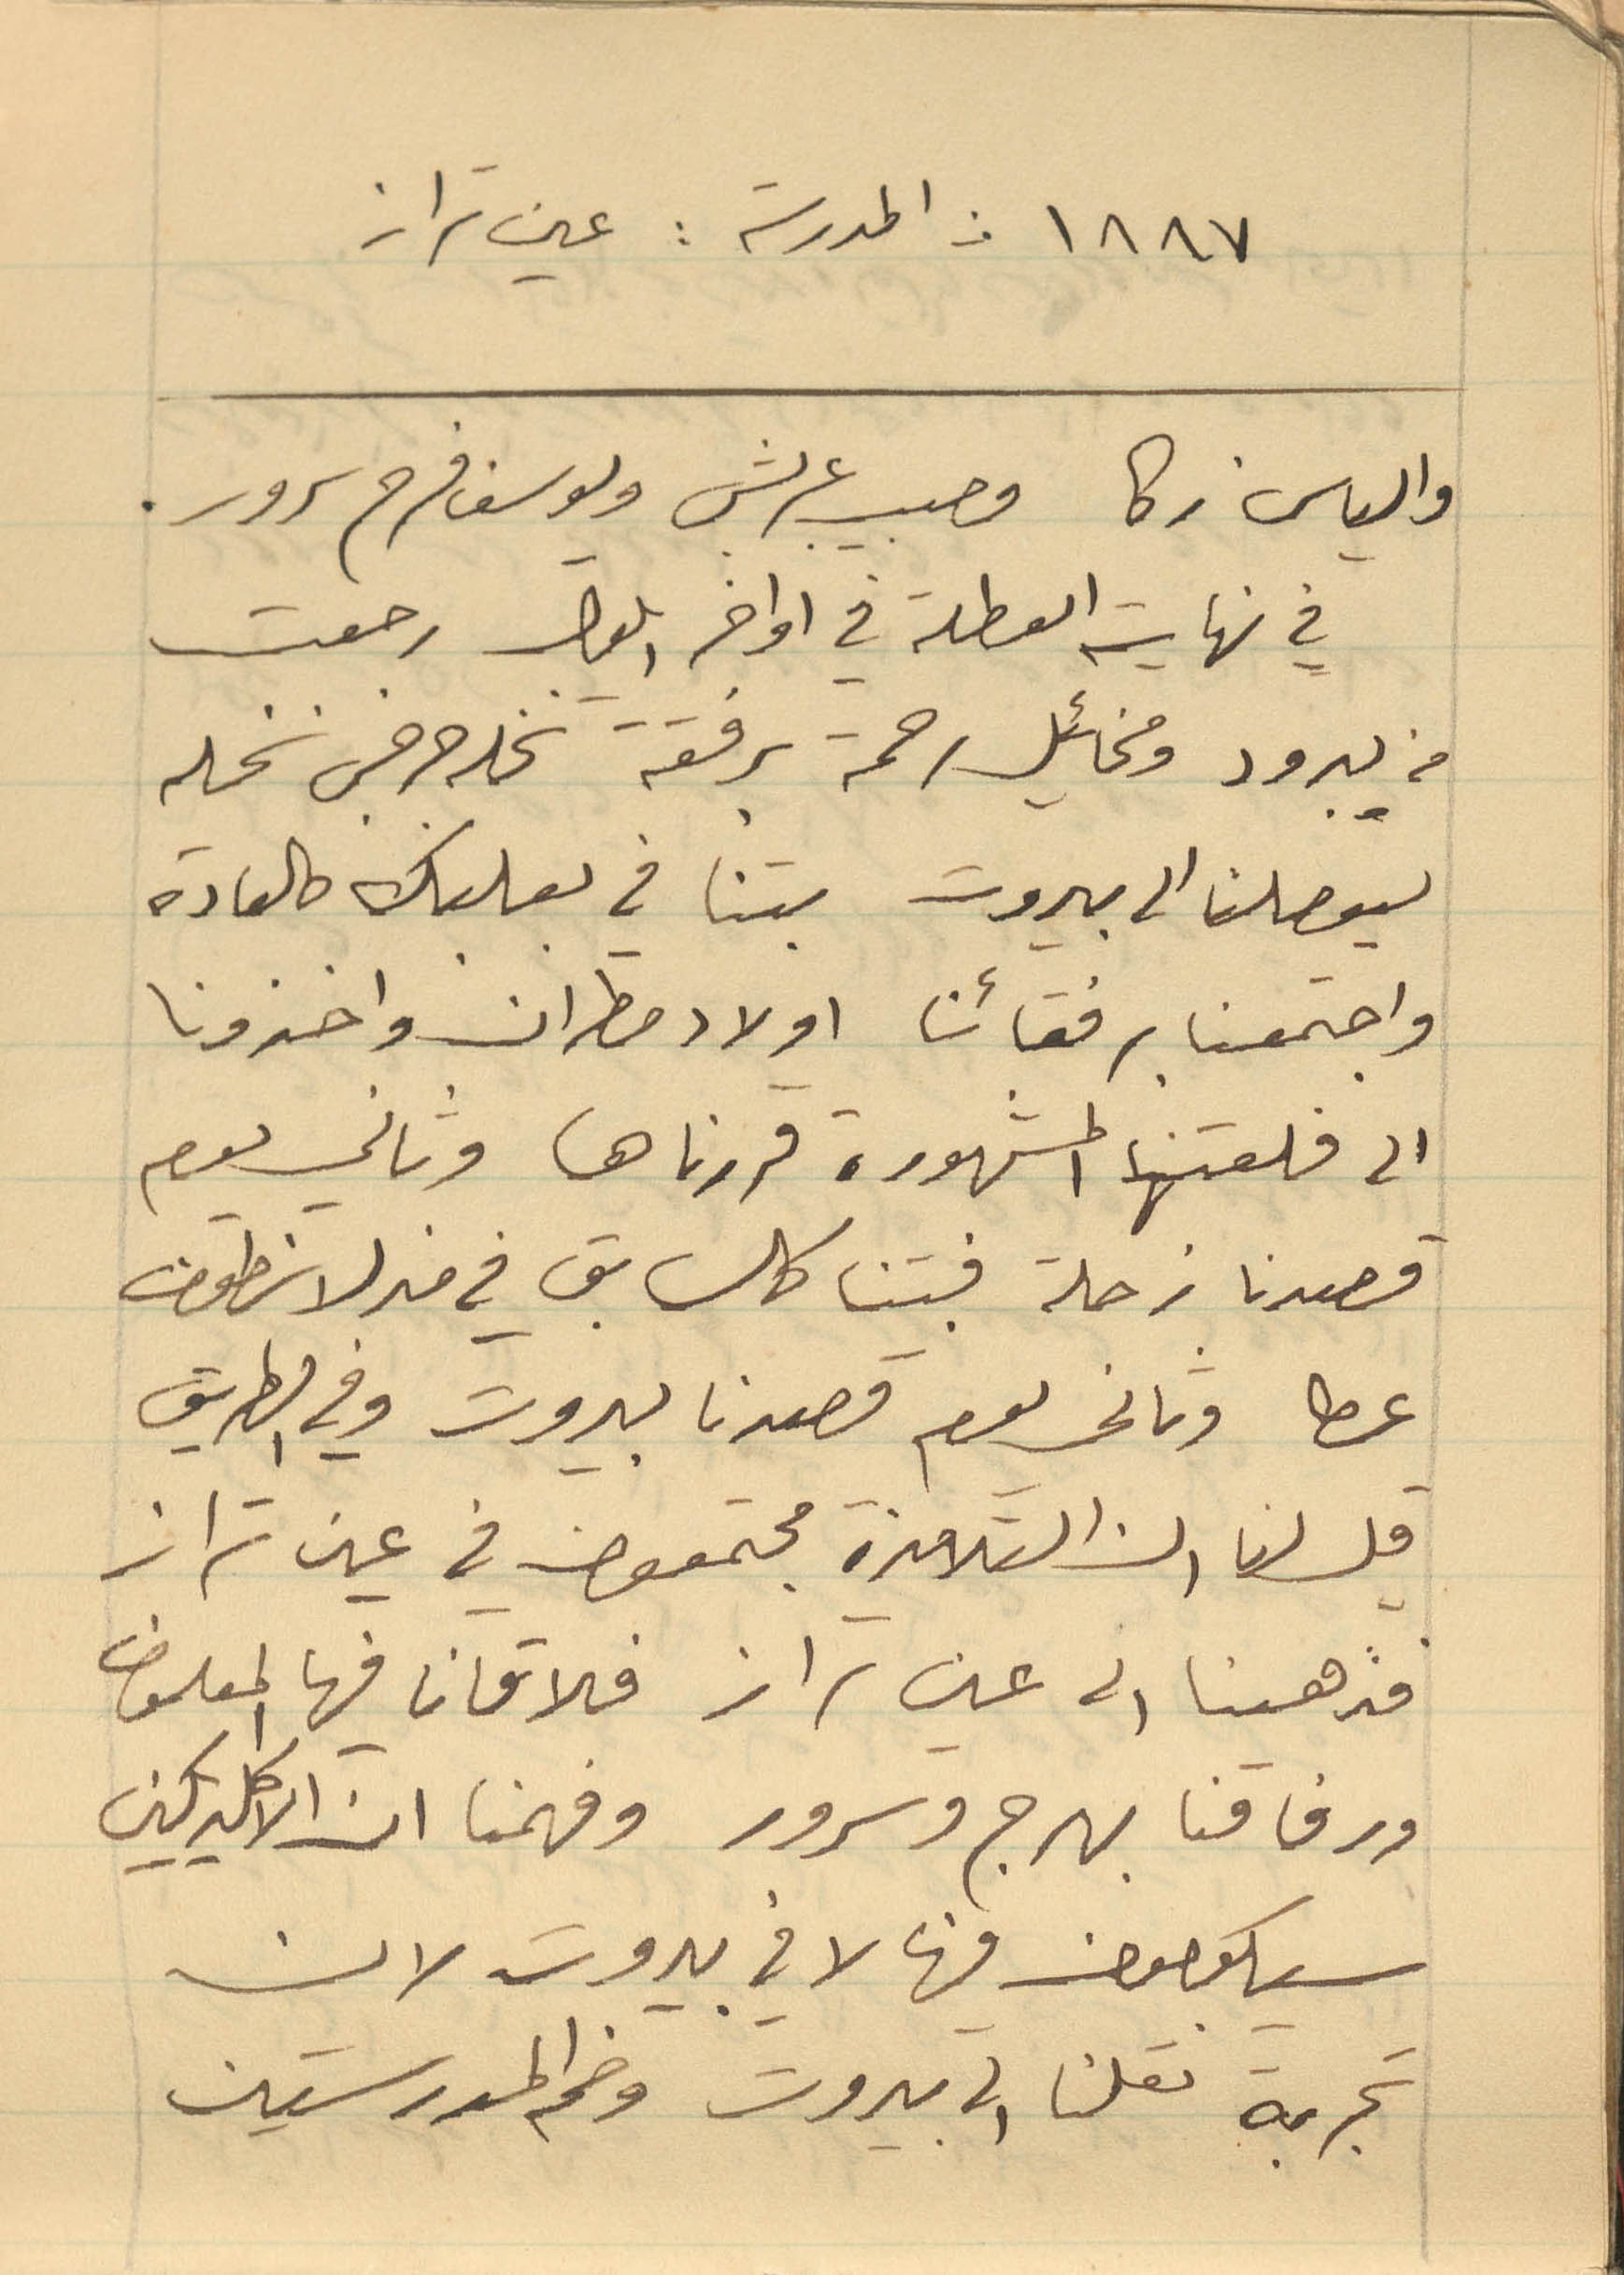
١٨٨٧ من المدرسة: عين تراز
في نهاية العطلة في اواخر ايلول رجعت
ليوصلنا الى بيروت بتنا في بعلبك كالعادة
واجتمعنا برفقائنا اولاد مطران واخذونا
قصدنا زحلة فبتنا كالسابق في منزل انطون
عطا وثاني يوم قصدنا بيروت وفي الطريق
قيل لنا ان التلامذة مجتمعون في عين تراز
فذهبنا الى عين تراز فلاقانا فيها المعلوف
ورفاقنا بهرج وسرور وفهمنا ان الاكليريكيين
سيكونون فيها لا في بيروت لان
تجربة نقلنا الى بيروت وضم المدرستين
والياس زكا وحبيب عربش ويوسف فرح سرور.
من يبرود ومخائيل رحمة برفقة نخله جرجس نخله
الى قلعتها المشهورة فزرناها وثاني يوم